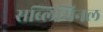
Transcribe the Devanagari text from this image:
सब्लिमिनल